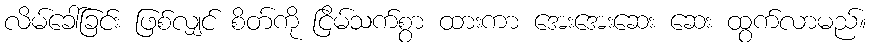
လိမ်ခေါ်ခြင်း ဖြစ်လျှင် စိတ်ကို ငြိမ်သက်စွာ ထားကာ အေးအေးဆေး ဆေး ထွက်လာမည်။